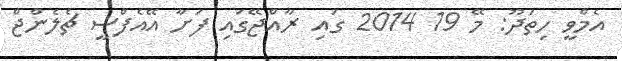
އެމްވީ ހިތަދޫ: މޭ 19 2014 ގައި ރާއްޖޭގައި ފަށާ އޭއެފްސީ ޗެލެންޖް